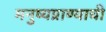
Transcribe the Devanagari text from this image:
मनुष्यप्राण्याची